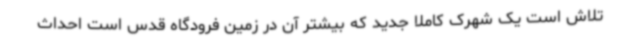
تلاش است یک شهرک کاملا جدید که بیشتر آن در زمین فرودگاه قدس است احداث